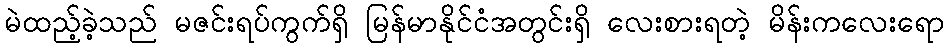
မဲထည့်ခဲ့သည် မဇင်းရပ်ကွက်ရှိ မြန်မာနိုင်ငံအတွင်းရှိ လေးစားရတဲ့ မိန်းကလေးရော